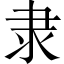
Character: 隶